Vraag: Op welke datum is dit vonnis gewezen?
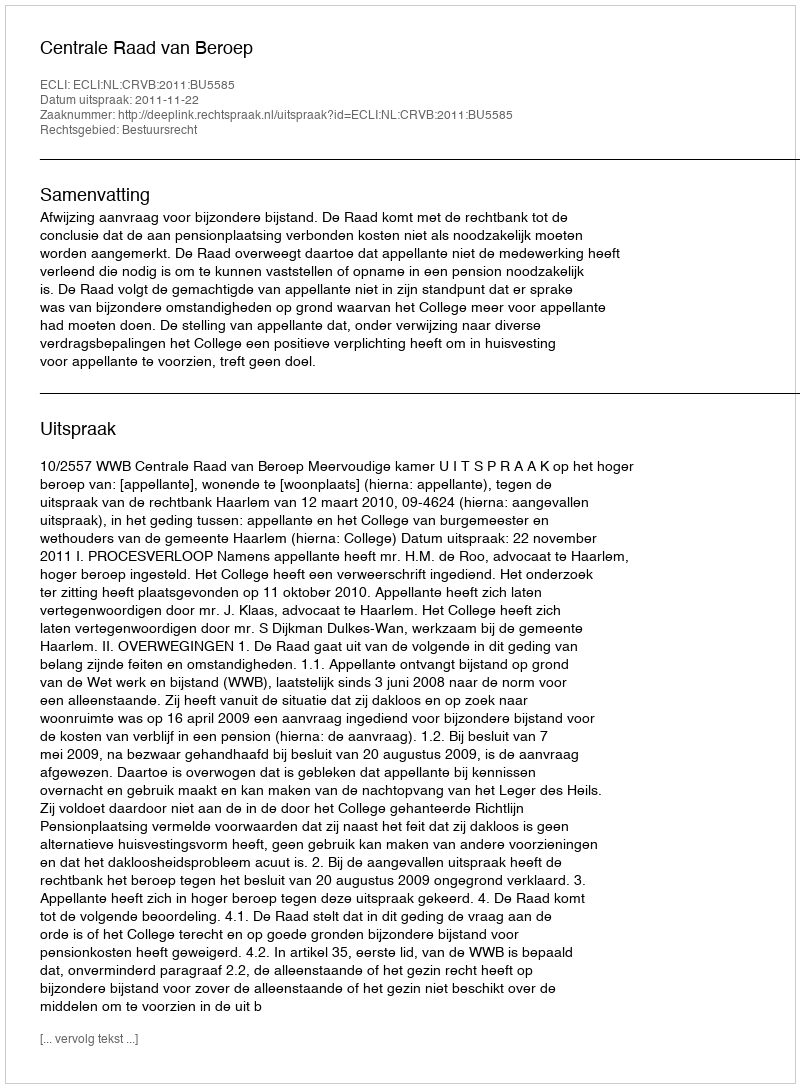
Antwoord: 2011-11-22